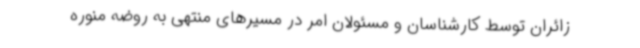
زائران توسط کارشناسان و مسئولان امر در مسیرهای منتهی به روضه منوره